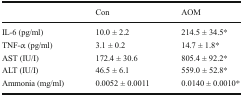
<table><thead><tr><td></td><td><b>Con</b></td><td><b>AOM</b></td></tr></thead><tbody><tr><td>IL-6 (pg/ml)</td><td>10.0 ± 2.2</td><td>214.5 ± 34.5*</td></tr><tr><td>TNF-α (pg/ml)</td><td>3.1 ± 0.2</td><td>14.7 ± 1.8*</td></tr><tr><td>AST (IU/I)</td><td>172.4 ± 30.6</td><td>805.4 ± 92.2*</td></tr><tr><td>ALT (IU/I)</td><td>46.5 ± 6.1</td><td>559.0 ± 52.8*</td></tr><tr><td>Ammonia (mg/ml)</td><td>0.0052 ± 0.0011</td><td>0.0140 ± 0.0010*</td></tr></tbody></table>